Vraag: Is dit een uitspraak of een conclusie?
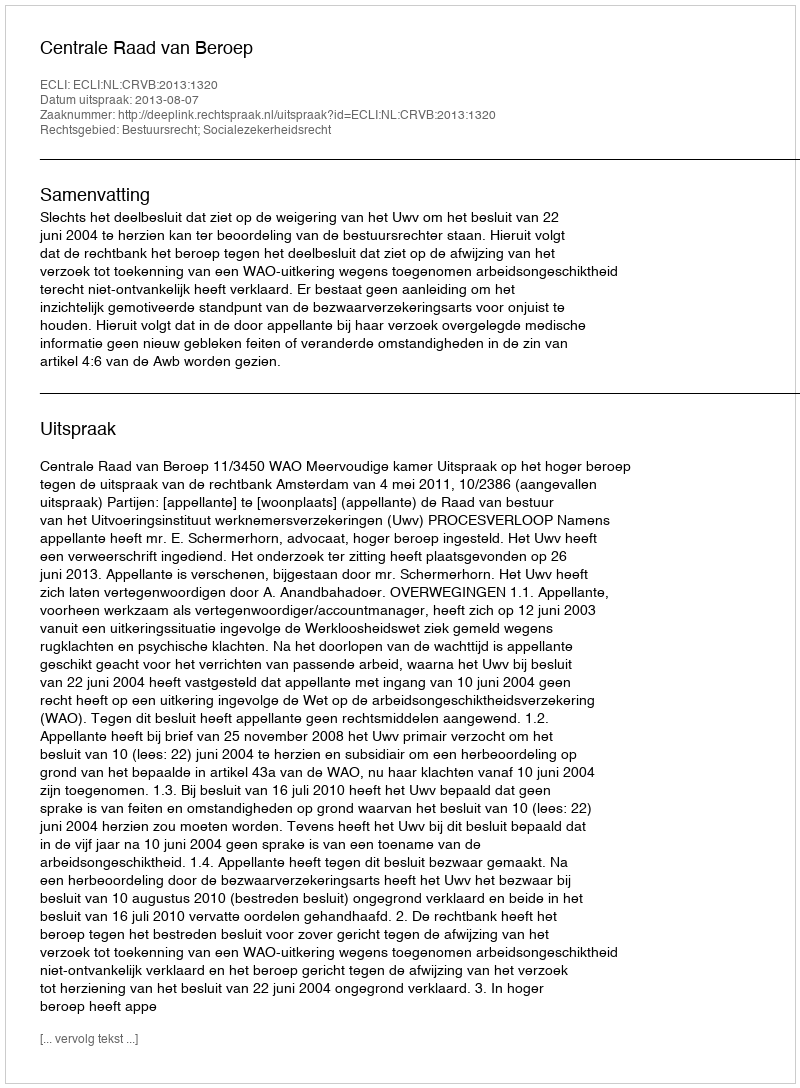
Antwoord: Uitspraak